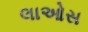
લાઓસ